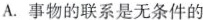
A.事物的联系是无条件的